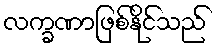
လက္ခဏာဖြစ်နိုင်သည်